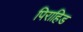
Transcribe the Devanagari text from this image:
पिराहिड